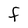
Character: F